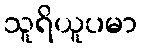
သူရိယူပမာ